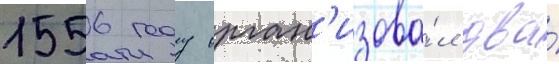
1556 году орган'изова́л два́